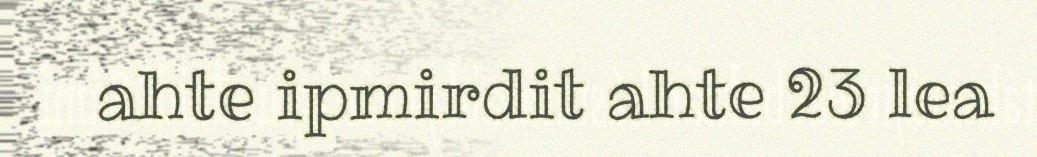
ahte ipmirdit ahte 23 lea